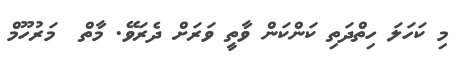
މި ކަހަލަ ހިތްދަތި ކަންކަން ވާތީ ވަރަށް ދެރަވޭ. މާތް  މަރުހޫމް